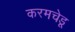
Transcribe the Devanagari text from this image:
करमचेडू